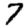
Digit: 7